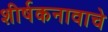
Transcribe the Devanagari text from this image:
शीर्षकनावाचे